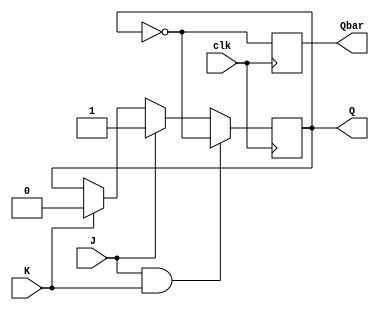
module jk_flip_flop (
    input J, // J input
    input K, // K input
    input clk, // Clock input
    output reg Q, // Output Q
    output reg Qbar // Output Q' (complement of Q)
);

always @(posedge clk) begin
    if (J & K) begin
        Q <= ~Q;
    end else if (J) begin
        Q <= 1;
    end else if (K) begin
        Q <= 0;
    end
    Qbar <= ~Q;
end

endmodule